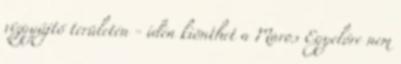
vízgyűjtő területén - idén kiönthet a Maros Egyelőre nem